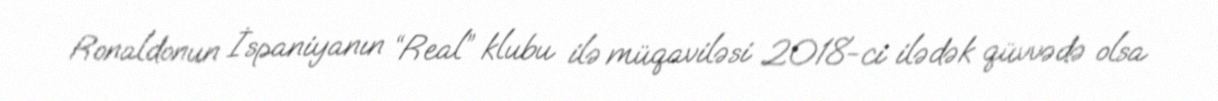
Ronaldonun İspaniyanın “Real” klubu ilə müqaviləsi 2018-ci ilədək qüvvədə olsa